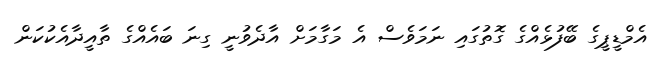
އެމްޑީޕީގެ ބޭފުޅެއްގެ ގޮތުގައި ނަމަވެސް އެ މަގާމަށް އާދެވުނީ ގިނަ ބައެއްގެ ތާއީދާއެކުކަން